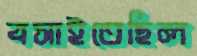
বসাইতেছিল